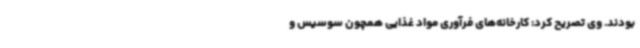
بودند. وی تصریح کرد: کارخانه‌های فرآوری مواد غذایی همچون سوسیس و